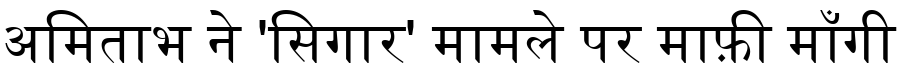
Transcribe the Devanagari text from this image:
अमिताभ ने 'सिगार' मामले पर माफ़ी माँगी